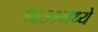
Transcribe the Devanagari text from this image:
१६३१मध्ये